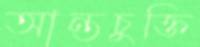
আন্তচুক্তি